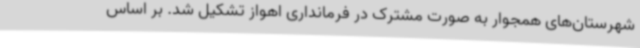
شهرستان‌های همجوار به صورت مشترک در فرمانداری اهواز تشکیل شد. بر اساس